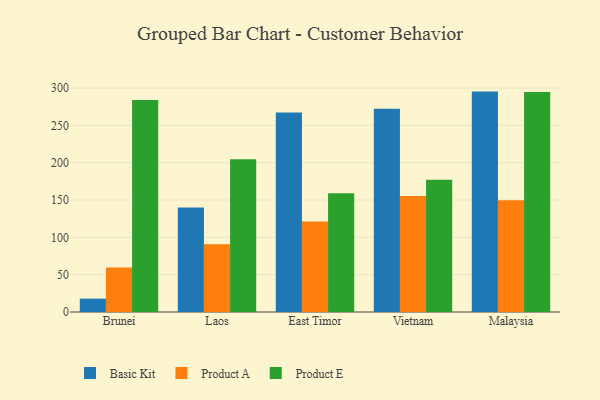
{"axis": {"x": "Country", "y": "Backlog"}, "legend": ["Basic Kit", "Product A", "Product E"], "data": [{"x": "Brunei", "y": 17.9, "type": "Basic Kit"}, {"x": "Brunei", "y": 59.7, "type": "Product A"}, {"x": "Brunei", "y": 283.8, "type": "Product E"}, {"x": "Laos", "y": 140.1, "type": "Basic Kit"}, {"x": "Laos", "y": 90.6, "type": "Product A"}, {"x": "Laos", "y": 204.7, "type": "Product E"}, {"x": "East Timor", "y": 267.1, "type": "Basic Kit"}, {"x": "East Timor", "y": 121.1, "type": "Product A"}, {"x": "East Timor", "y": 159.1, "type": "Product E"}, {"x": "Vietnam", "y": 272.1, "type": "Basic Kit"}, {"x": "Vietnam", "y": 155.5, "type": "Product A"}, {"x": "Vietnam", "y": 177.1, "type": "Product E"}, {"x": "Malaysia", "y": 295.2, "type": "Basic Kit"}, {"x": "Malaysia", "y": 149.6, "type": "Product A"}, {"x": "Malaysia", "y": 294.7, "type": "Product E"}]}